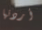
أردتها